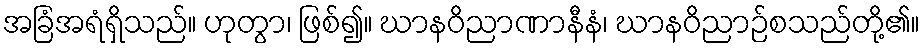
အခြံအရံရှိသည်။ ဟုတွာ၊ ဖြစ်၍။ ဃာနဝိညာဏာနီနံ၊ ဃာနဝိညာဉ်စသည်တို့၏။